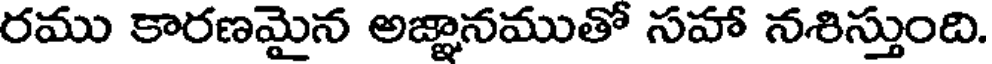
రము కారణమైన అజ్ఞానముతో సహా నశిస్తుంది.